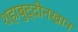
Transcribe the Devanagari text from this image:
शहाबुद्दीनखान